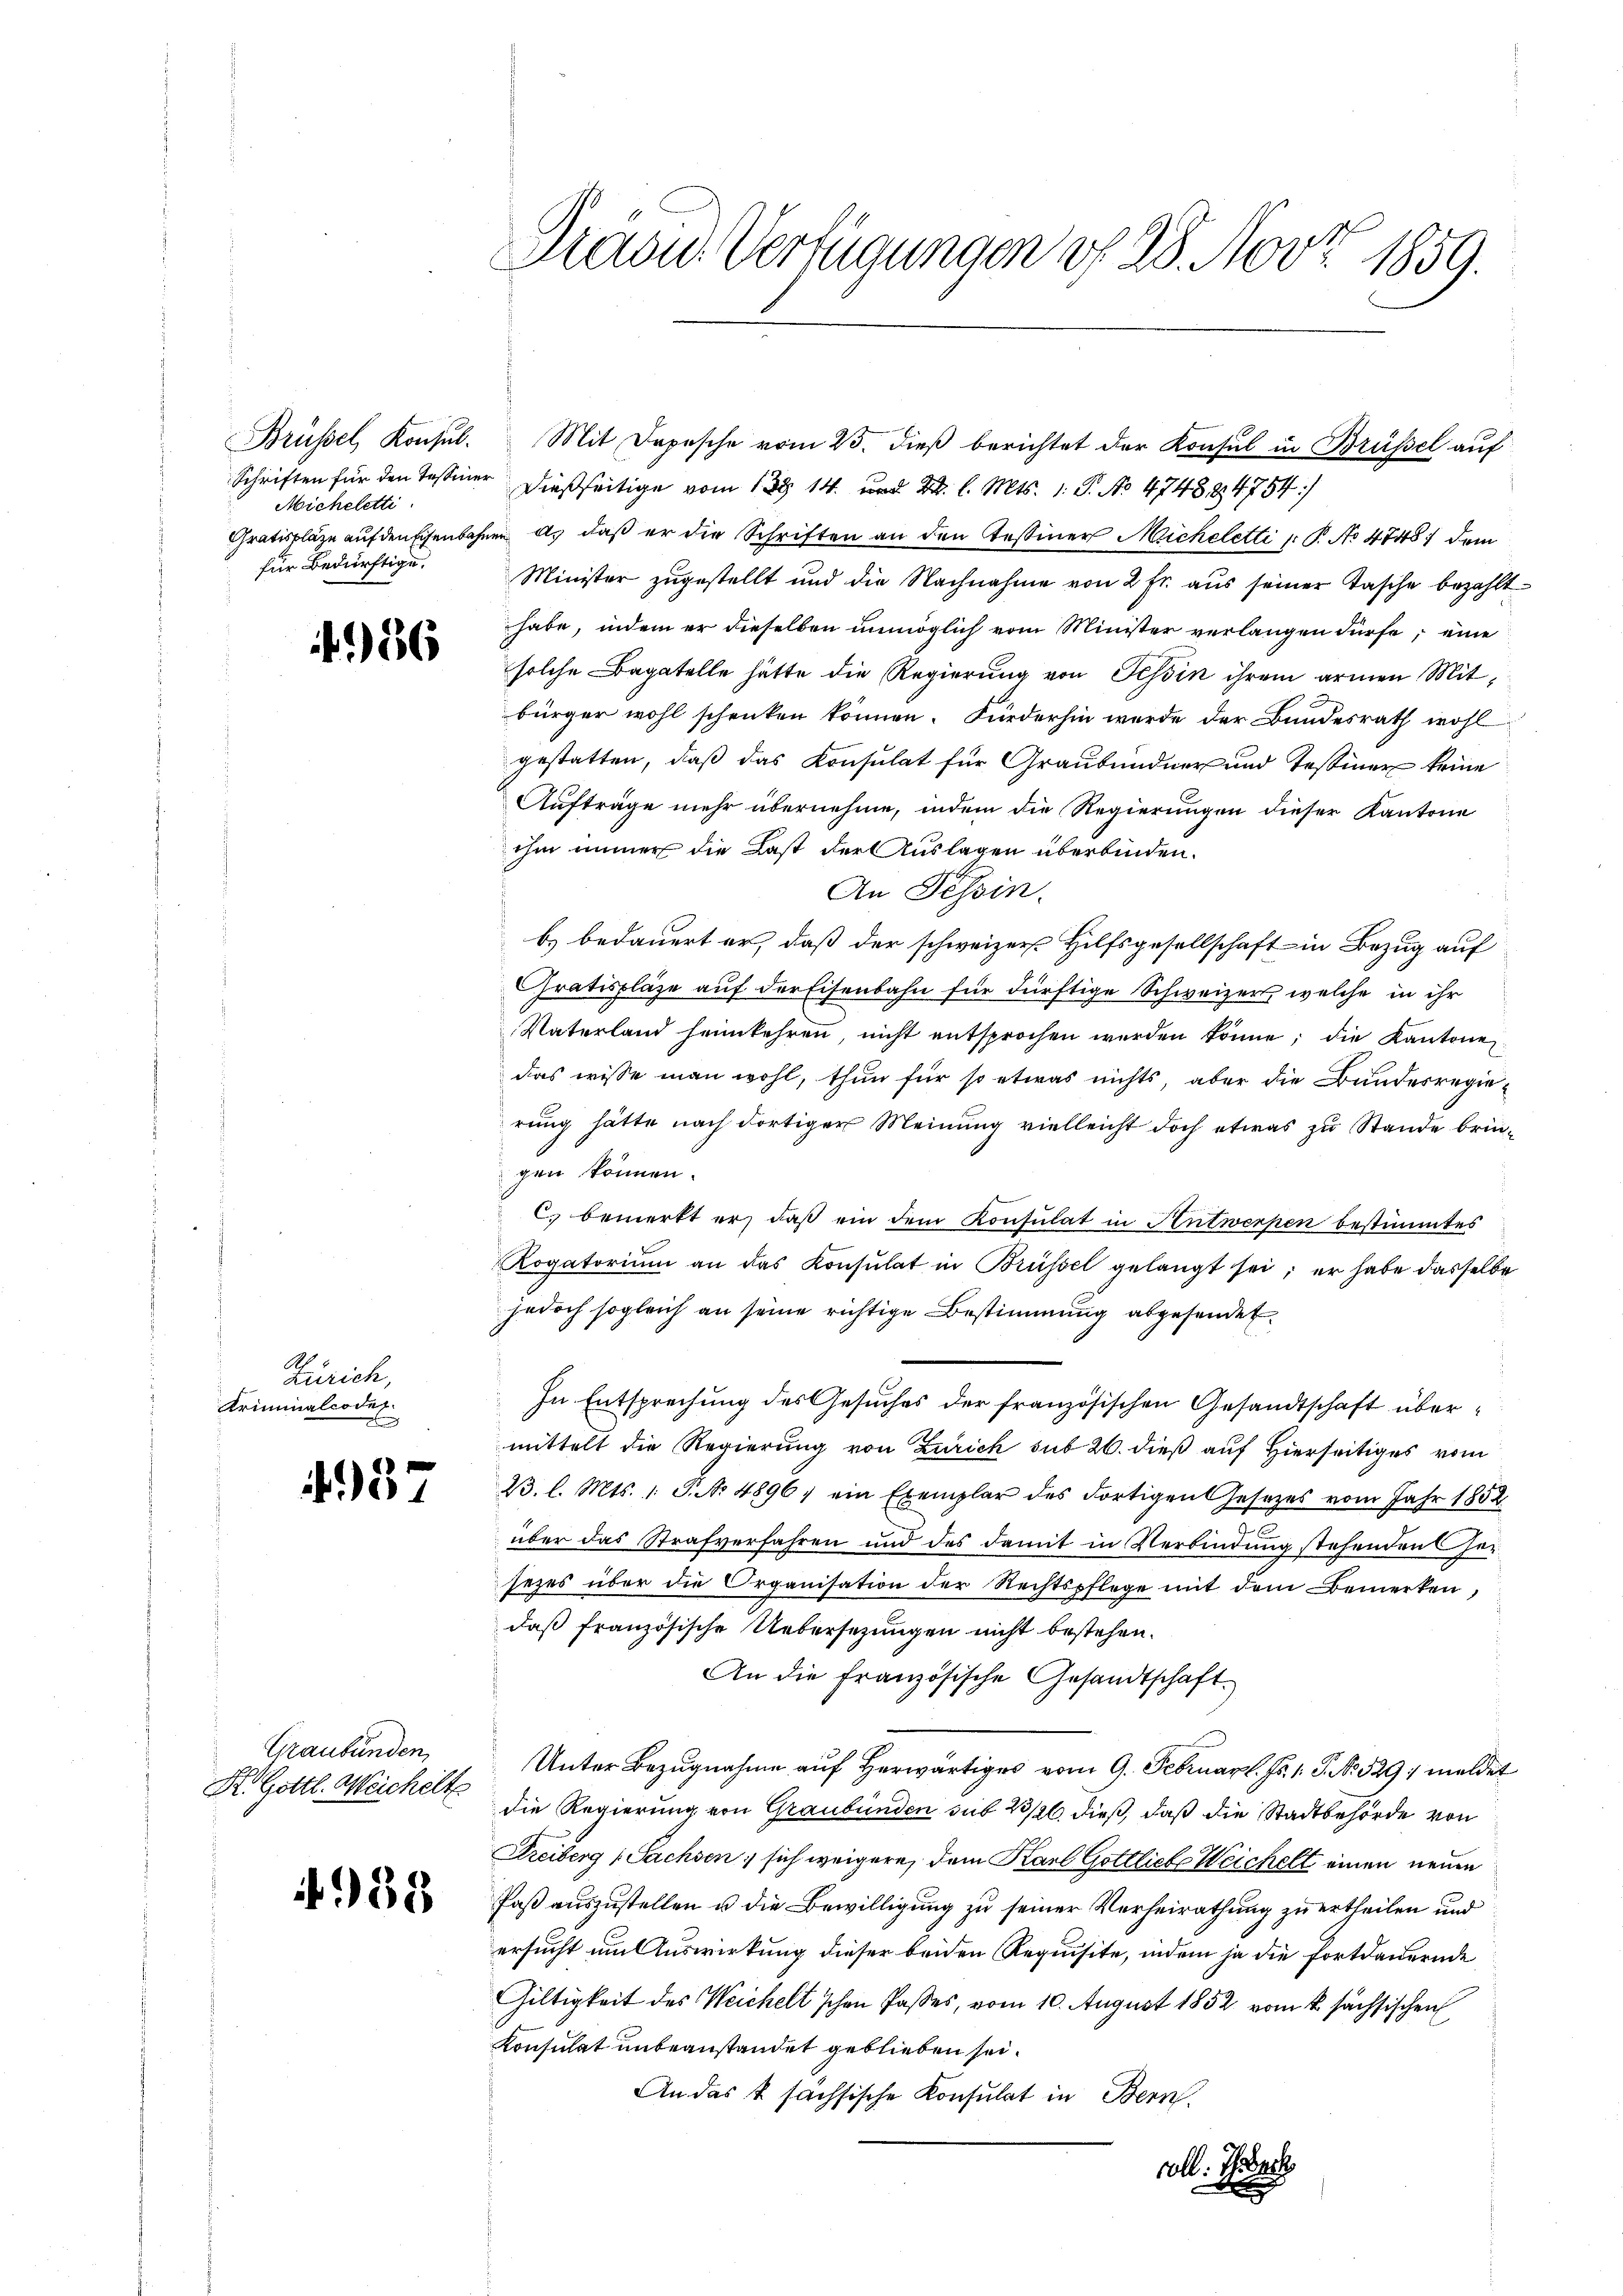
Brüssel, Konsul-
Schriften für den Tessiner
Micheletti
für Bedürftige.

86

Zürich,
Kriminalcodex
b

937

Graubünden
Kl. Gottl. Weichelte

939

Dradus Verfügungen d. 28. Nov. 1859.

Mit Depesche vom 25. dieß berichtet der Konsul in Brüssel auf
dießseitige vom 13. 14. und 2. l. Mts. 1. P. No 474884754/
Gratiskläge aufdenfisenbahnen u. daß er die Schriften an den Testiner Micheletti u. P. No 4748) dem
Minister zugestellt und die Nachnahme von 2 Fr. aus seiner Tasche bezahlt
habe, indem er dieselben unmöglich vom Minister verlangen dürfe; eine
solche Bagatelle hätte die Regierung von Tessin ihrem armen Mitbürger wohl schenken können. Fürderhin werde der Bundesrath wohl
gestatten, daß das Konsulat für Graubündner und Tessiner keine
Aufträge mehr übernehme, indem die Regierungen dieser Kantone
ihm immer die Last der Auslagen überbinden.
An Tessin.
b) bedauert er, daß der schweizer Hilfsgesellschaft in Bezug auf
Gratispläze auf der Eisenbahn für dürftige Schweizers welche in ihr
Vaterland heimkehren, nicht entsprochen werden könne; die Kantone
das wisse man wohl, thun für so etwas nichts, aber die Bundesregierung hätte nach dortiger Meinung vielleicht doch etwas zu Stande bringen können.
) bemerkt er, daß ein dem Konsulat in Antwerpen bestimmtes
Rogatorium an das Konsulat in Brüssel gelangt sei; er habe dasselbe
jedoch sogleich an seine richtige Bestimmung abgesendet
In Entsprechung des Gesuches der französischen Gesandtschaft übermittelt die Regierung von Zürich sub 26. dieß auf Hierseitiges vom
23. l. Mts. 1. P. No. 4896, ein Exemplar des dortigen Gesezes vom Jahr 1852
über das Strafverfahren und des damit in Verbindung stehenden her
sezes über die Organisation der Rechtspflege mit dem Bemerken,
daß französische Uebersezungen nicht bestehen.
An die Französische Gesandtschaft
Unter Bezugnahme auf herwärtiges vom 9. Februar l. Js. 1. P. No. 529 meldet
die Regierung von Graubünden sub 23/26. dieß, daß die Stadtbehörde von
Freiberg (Sachsen sich weigere, dem Karl Gottliebe Weichelt einen neuen
Paß auszustellen u die Bewilligung zu seiner Verheirathung zu ertheilen und
ersucht um Auswirkung dieser beiden Requisite, indem ja die Fortdauernde
Giltigkeit des Weichelt schen Passes, vom 10. August 1852 vom k. sächsischen
Konsulat unbeanstandet geblieben sei.
An das u. sachsische Konsulat in Bern.
coll. Ich back

x